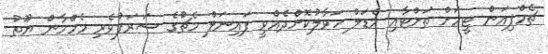
ޗެމްޕިއަން ޓީމަށް ތަށްޓާއި މެޑަލް ހަވާލުކޮށްދެއްވީ ފައިނަލް މެޗުގެ ޝަރަފުވެރި މެހްމާން ޔޫތު